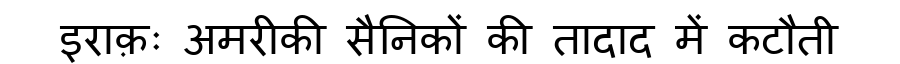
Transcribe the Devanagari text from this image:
इराक़ः अमरीकी सैनिकों की तादाद में कटौती